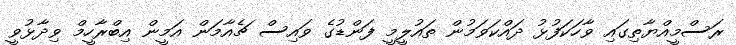
ރަސްމީއްޔާތިގައި ވާހަކަފުޅު ދައްކަވަމުން ތައުލީމީ ފަންޑުގެ ވައިސް ޗެއާމަން އަމީން އިބްރާހީމް ވިދާޅުވީ